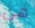
هي